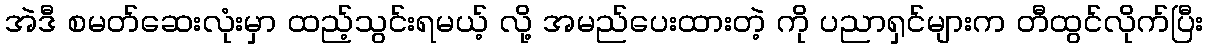
အဲဒီ စမတ်ဆေးလုံးမှာ ထည့်သွင်းရမယ့် လို့ အမည်ပေးထားတဲ့ ကို ပညာရှင်များက တီထွင်လိုက်ပြီး